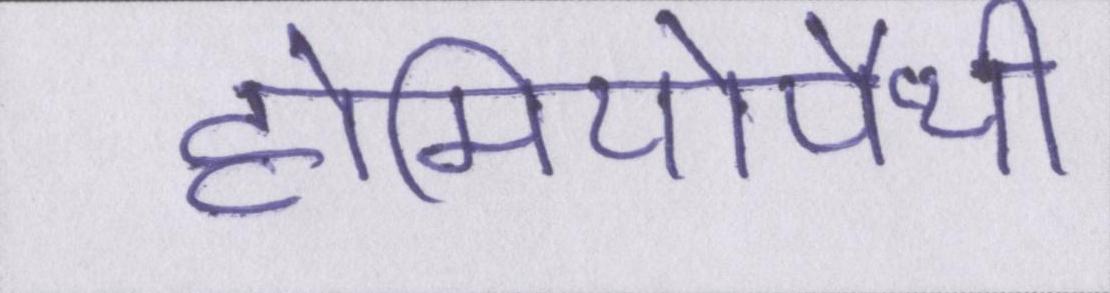
होमियोपैथी